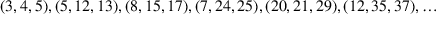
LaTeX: ( 3 , 4 , 5 ) , ( 5 , 1 2 , 1 3 ) , ( 8 , 1 5 , 1 7 ) , ( 7 , 2 4 , 2 5 ) , ( 2 0 , 2 1 , 2 9 ) , ( 1 2 , 3 5 , 3 7 ) , \dots